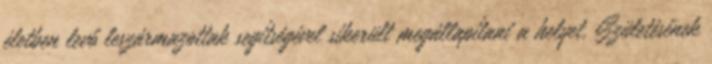
életben levő leszármazottak segítségével sikerült megállapítani a helyet. Születésének